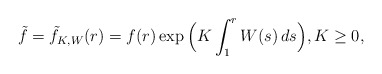
\begin{align*}\tilde{f} = \tilde{f}_{K,W}(r) = f(r) \exp\Big(K \int_1^r W(s)\, ds\Big), K\geq 0,\end{align*}